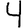
Digit: 4